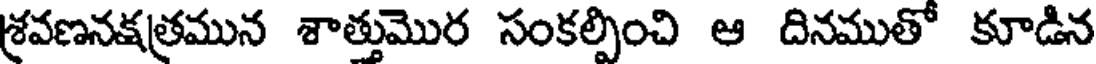
శ్రవణనక్షత్రమున శాత్తుమొర సంకల్పించి ఆ దినముతో కూడిన